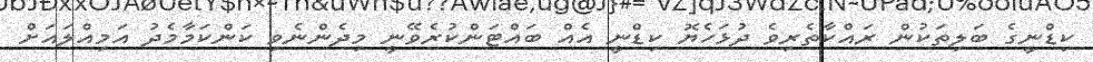
ކިޑްނީގެ ބަލިތަކުން ރައްކާތެރިވެ ދުޅަހެޔޮ ކިޑްނީ އެއް ބައްޓަންކުރެވޭނީ މިދެންނެވި ކަންކަމާމެދު އަމިއްލައަށް